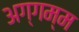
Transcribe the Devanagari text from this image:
अग्गम्म